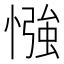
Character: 𢠌